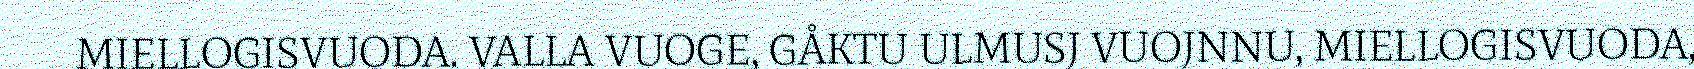
MIELLOGISVUODA. VALLA VUOGE, GÅKTU ULMUSJ VUOJNNU, MIELLOGISVUODA,